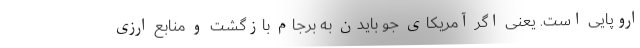
اروپایی است. یعنی اگر آمریکای جو بایدن به برجام بازگشت و منابع ارزی